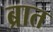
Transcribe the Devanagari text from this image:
ब्रात